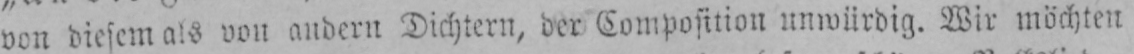
von diesem als von andern Dichtern, der Composition unwürdig. Wir möchten